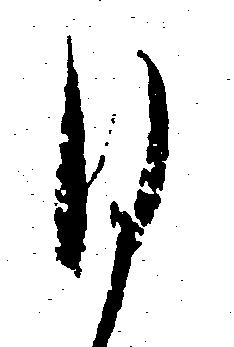
ひ